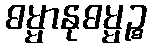
ဓမ္မာနုဓမ္မဉ္စ